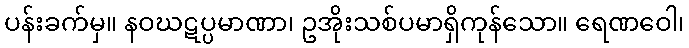
ပန်းခက်မှ။ နဝဃဋပ္ပမာဏာ၊ ဥအိုးသစ်ပမာရှိကုန်သော။ ရေဏဝေါ၊